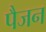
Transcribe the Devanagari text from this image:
पैजन